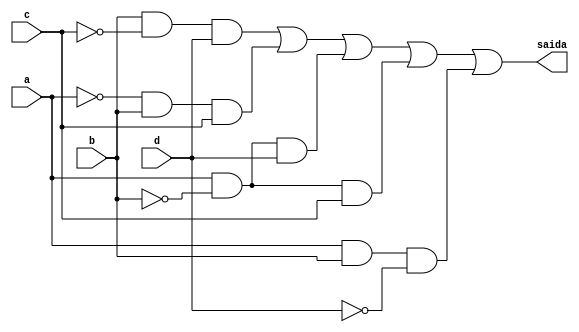
// Nome: Isabella Gonales
// Matrcula: 420120

module metodoprovag ( saida,a,b,c,d );

output saida;
input a,b,c,d;
wire temp1,temp2,temp3,temp4,temp5,temp6,temp7,temp8,temp9,temp10,temp11,temp12;


not NOT1 (temp1,b);
and AND1 (temp2,temp1,b,c);
not NOT2 (temp3,c);
and AND2 (temp4,b,temp3,d);
not NOT3 (temp5,a);
and AND3 (temp6,temp5,b,c);
not NOT4 (temp7,b);
and AND4 (temp8,a,temp7,d);
not NOT5 (temp9,b);
and AND5 (temp10,a,temp9,c);
not NOT6 (temp11,d);
and AND6 (temp12,a,b,temp11);
or OR1   (saida,temp2,temp4,temp6,temp8,temp10,temp12);

endmodule
 
module testprova1;
reg a,b,c,d;
wire saida;

metodoprovag PROVAG ( saida,a,b,c,d );

initial begin:start
        a=0; b=0; c=0; d=0;
end

initial begin: main
#1 $display (" Circuito da questao g da prova ");
#1 $display (" a |  b |  c |  d  =  saida ");
  $monitor (" %b  | %b  | %b |  %b  =   %b ",a,b,c,d,saida);
           #1 a=0;    b=0;   c=0;   d=1;
			  #1 a=0;    b=0;   c=1;   d=0;
			  #1 a=0;    b=0;   c=1;   d=1;
			  #1 a=0;    b=1;   c=0;   d=0;
			  #1 a=0;    b=1;   c=0;   d=1;
			  #1 a=0;    b=1;   c=1;   d=0;
			  #1 a=0;    b=1;   c=1;   d=1;
			  #1 a=1;    b=0;   c=0;   d=0;
			  #1 a=1;    b=0;   c=0;   d=1;
			  #1 a=1;    b=0;   c=1;   d=0;
			  #1 a=1;    b=0;   c=1;   d=1;
			  #1 a=1;    b=1;   c=0;   d=0;
			  #1 a=1;    b=1;   c=0;   d=1;
			  #1 a=1;    b=1;   c=1;   d=0;
			  #1 a=1;    b=1;   c=1;   d=1;
			  
			  
			  
end
endmodule

/* registrando os resultados
       
     Circuito da questao g da prova 
     a |  b |  c |  d  =  saida 
     0  | 0  | 0 |  0  =   0 
     0  | 0  | 0 |  1  =   0 
     0  | 0  | 1 |  0  =   0 
     0  | 0  | 1 |  1  =   0 
     0  | 1  | 0 |  0  =   0 
     0  | 1  | 0 |  1  =   1 
     0  | 1  | 1 |  0  =   1 
     0  | 1  | 1 |  1  =   1 
     1  | 0  | 0 |  0  =   0 
     1  | 0  | 0 |  1  =   1 
     1  | 0  | 1 |  0  =   1 
     1  | 0  | 1 |  1  =   1 
     1  | 1  | 0 |  0  =   1 
     1  | 1  | 0 |  1  =   1 
     1  | 1  | 1 |  0  =   1 
     1  | 1  | 1 |  1  =   0 
    
     ----jGRASP: operation complete.
            
 */